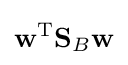
\mathbf {w} ^{\text{T}}\mathbf {S} _{B}\mathbf {w}